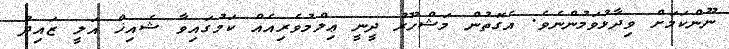
ނޫންކަމަށް ވިދާޅުވަމުންނެވެ. އެގޮތުން މަޝްހޫރު ދީނީ ޢިލްމުވެރިއެއް ކަމުގައިވާ ޝެއިޚް އަލީ ޒައިދު